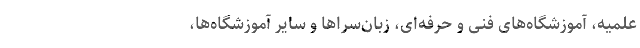
علمیه، آموزشگاه‌های فنی و حرفه‌ای، زبان‌سراها و سایر آموزشگاه‌ها،